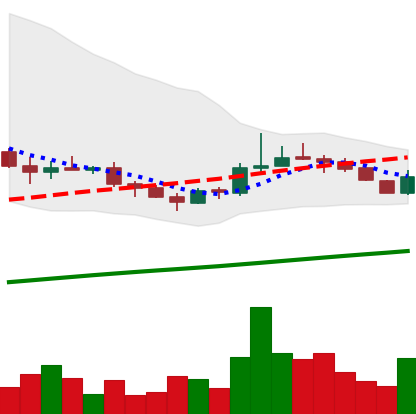
Ticker: LINK-USD
Chart end date: 2019-08-10
Forward return: 3.883%
Label: up_3_5